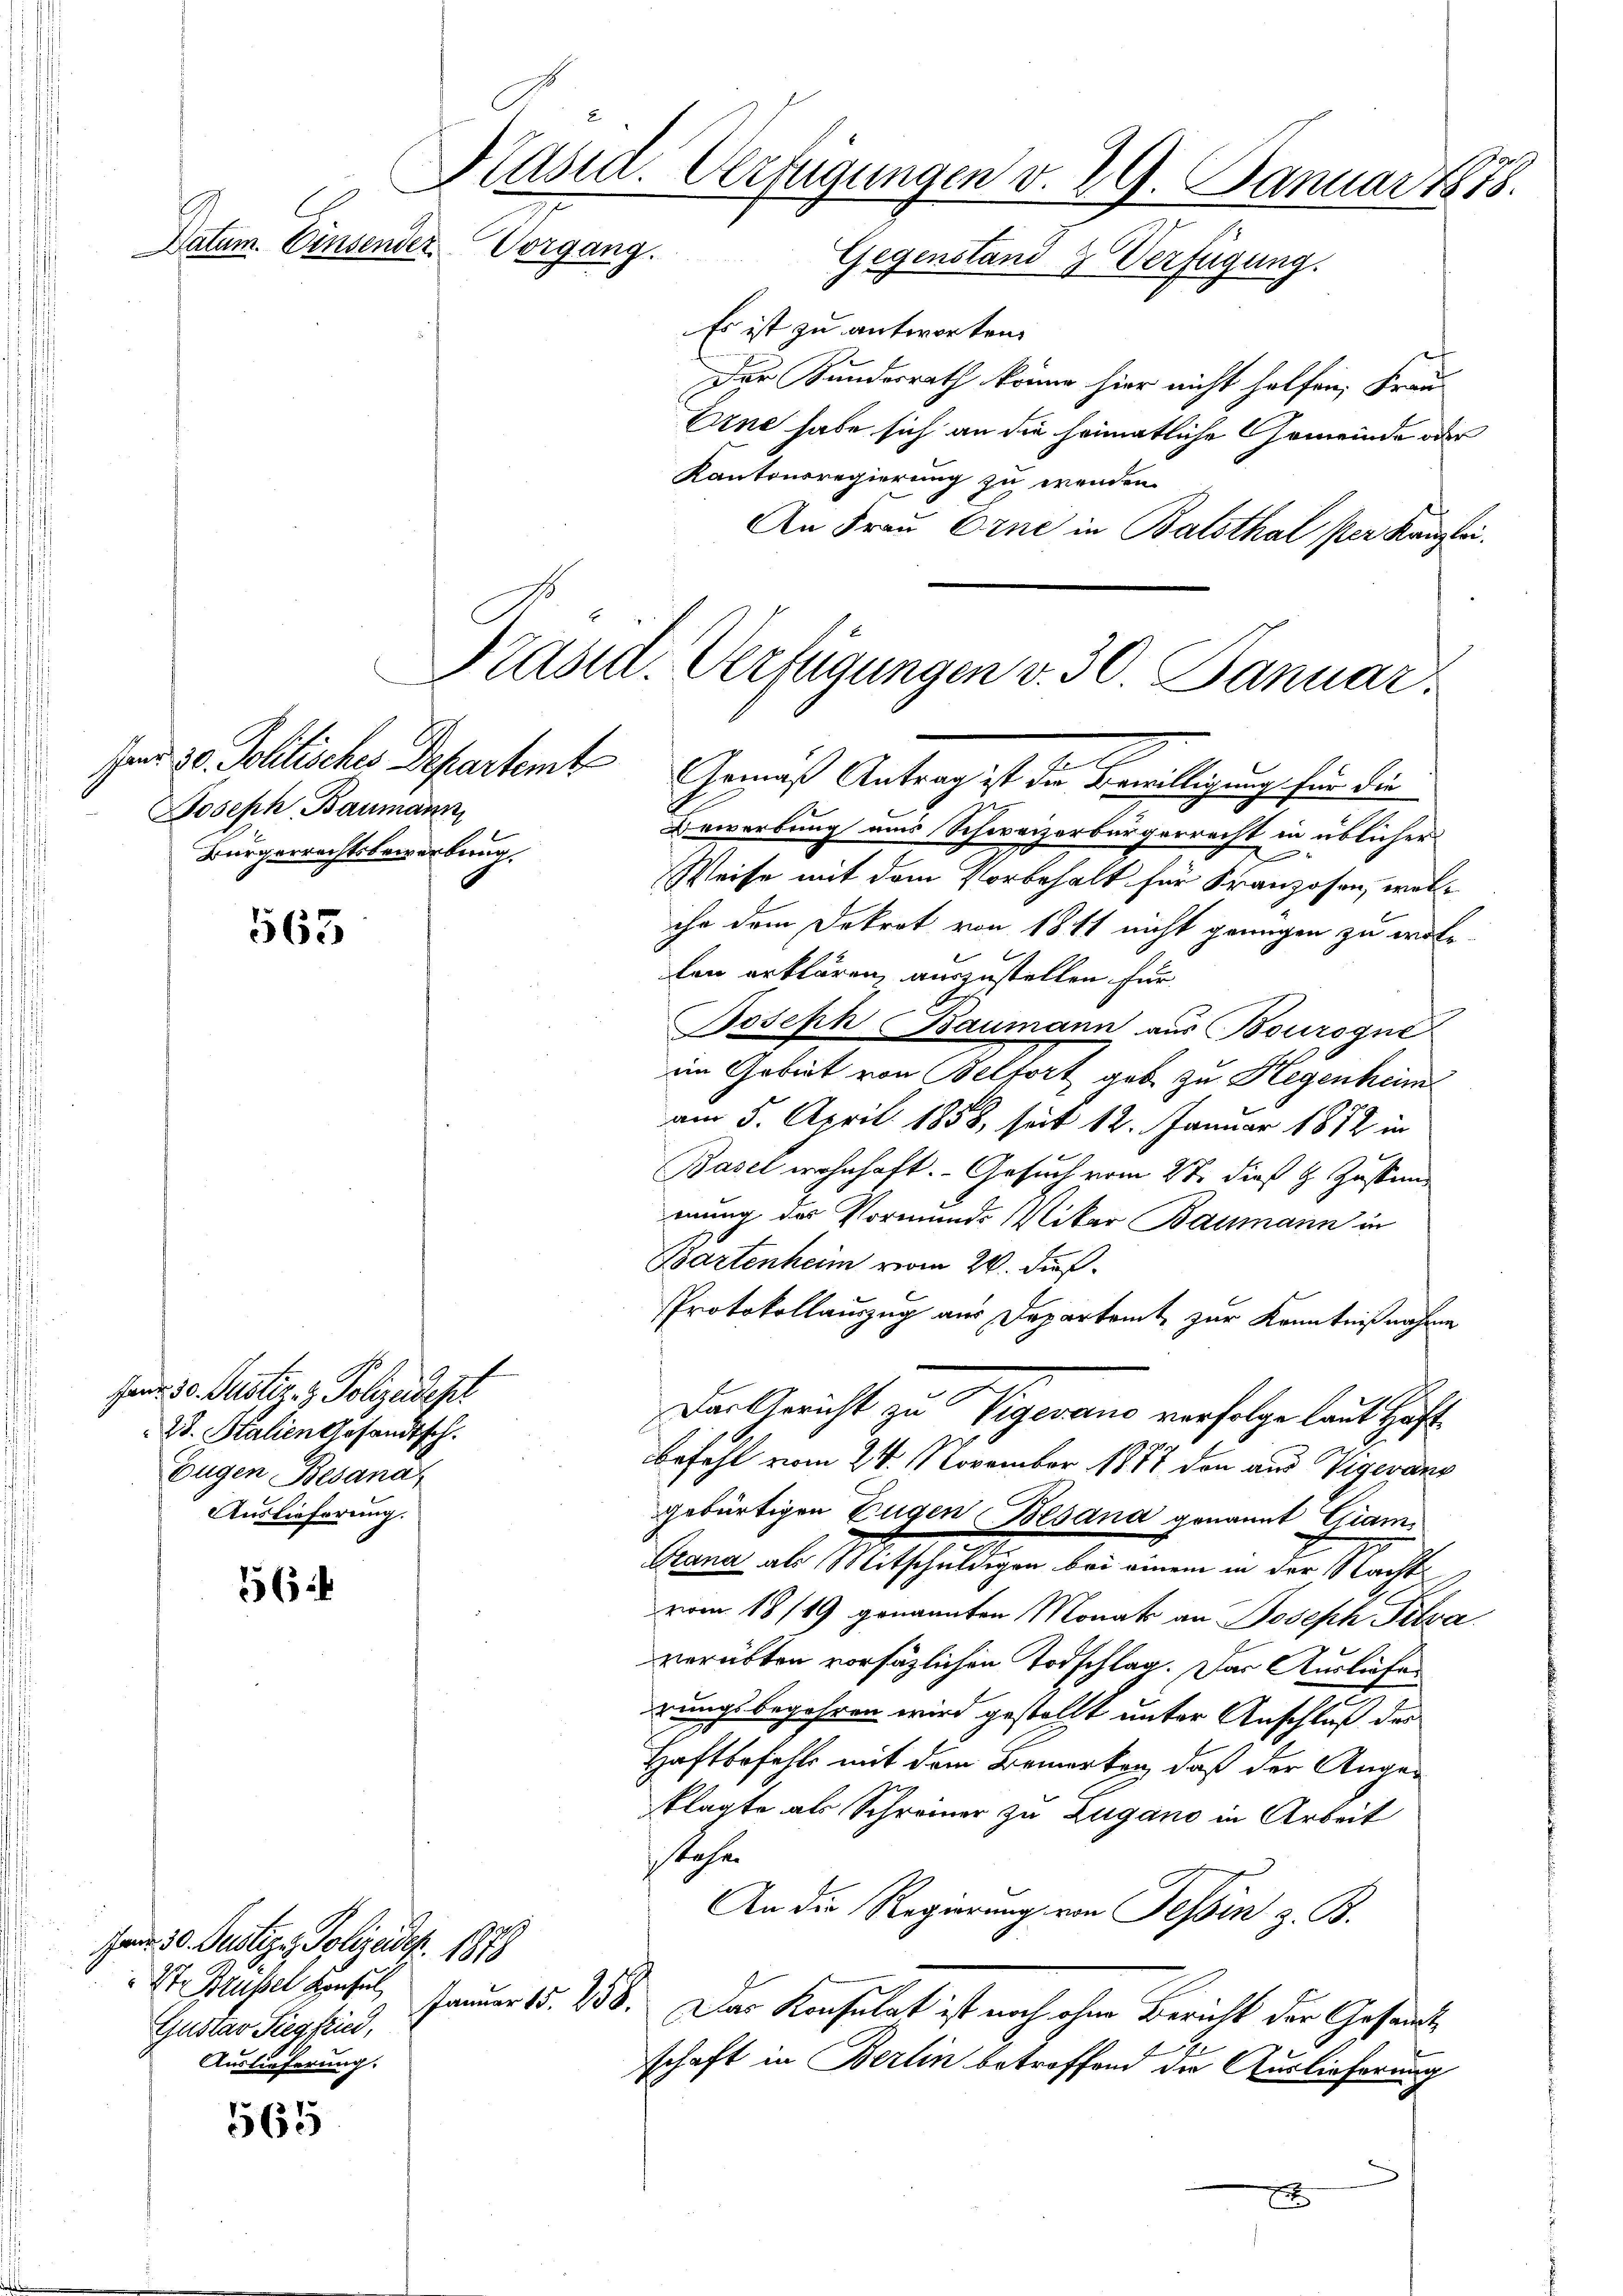
Präsid. Verfügungen v. 29. Januar 1878.
Datum. Einsender Vorgang.
Gegenstand & Verfügung.
Es ist zu antworten.
Der Kundesrath könne hier nicht helfen, Frau-
Ene habe sich an die heimatliche Gemeinde oder
Kantonsregierung zu wenden.
An Frau Eine in Balsthal per Kanzlei,

Joseph Baumann
Bürgerrechtsbewerbung.

563

56

565

Jan. 30. Justiz- & Polizeidest
28. Stalien Gesandtsch.
Eugen Besana
Auslieferung.

Jar 30. Justiz & Polizeides. 1878
St. Brüssel Konsul,
Gustav Siegfried,
Auslieferung.

Präsid. Verfügungen v. 30. Januar.
E
Hand 30. Politisches Departem Gemäß Antrag ist die Bewilligung für die

Bewerbung aus Schweizerbürgerrecht in üblicher
Weise mit dem Vorbehalt für Franzosen, wel
ihr dem Dekret von 18 fl nicht genügen zu wole
len erklären, auszustellen für
Joseph Baumann aus Bourogne
im Gebiet von Belfort geb zu Hegenheim
am 5. April 1858, seit 12. Januar 1872 in
Basel wohnhaft. Gesuch vom 27. dieß & Zustimmung der Vormunde Wikar Baumann in
Bartenheim vom 24. dies
PProtokollauszug aus Departamt zur Kenntnißnahme
befehl vom 24. November 1877 den aus Vigeranz
gebürtigen Zugen Besana genannt Giam,
Grana als Mitschuldigen bei einem in der Nachtvom 18/49 genannten Monats an Joseph Petra
verübten vorsätzlichen Todschlag. Das Ausliefer
rungsbegehren wird gestellt unter Anschluß des
Haftbefehls mit dem Bemerken, daß der Angeklagte als Schreiner zu Zugano in Arbeit
stehen
An die Regierung von Tessin z. B.
Jammer 15. 258. Das Konsulat ist noch ohne Bericht der Gesandtschaft in Berlin betreffend die Auslieferung

Der Gericht zu Vigerano verfolge laut Häft

2